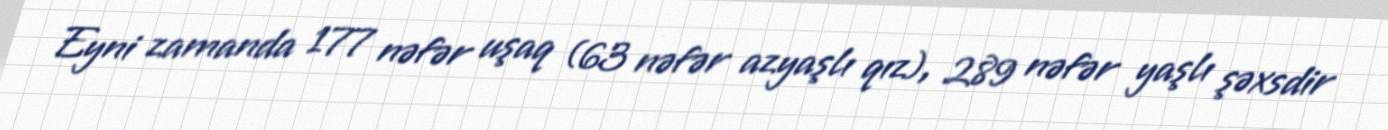
Eyni zamanda 177 nəfər uşaq (63 nəfər azyaşlı qız), 289 nəfər yaşlı şəxsdir